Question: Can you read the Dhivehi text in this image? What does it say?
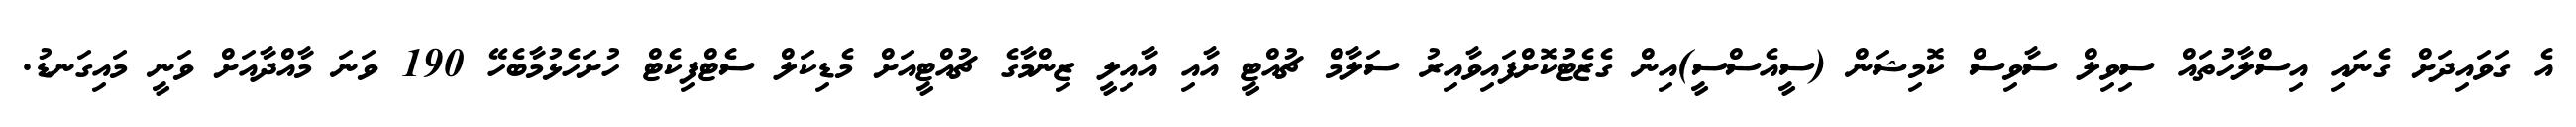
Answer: އެ ގަވައިދަށް ގެނައި އިސްލާހުތައް ސިވިލް ސާވިސް ކޮމިޝަން (ސީއެސްސީ)އިން ގެޒެޓުކޮށްފައިވާއިރު ސަލާމް ޗުއްޓީ އާއި އާއިލީ ޒިންމާގެ ޗުއްޓީއަށް މެޑިކަލް ސެޓްފިކެޓް ހުށަހެޅުމާބެހޭ 190 ވަނަ މާއްދާއަށް ވަނީ މައިގަނޑު.